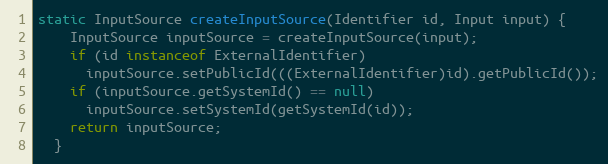
Language: Java
static InputSource createInputSource(Identifier id, Input input) {
    InputSource inputSource = createInputSource(input);
    if (id instanceof ExternalIdentifier)
      inputSource.setPublicId(((ExternalIdentifier)id).getPublicId());
    if (inputSource.getSystemId() == null)
      inputSource.setSystemId(getSystemId(id));
    return inputSource;
  }